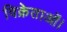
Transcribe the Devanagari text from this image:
विक्रेताओं।